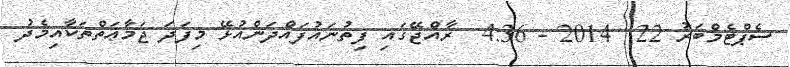
ސެޕްޓެމްބަރު 22